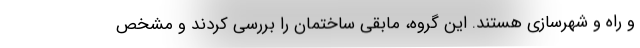
و راه و شهرسازی هستند. این گروه، مابقی ساختمان را بررسی کردند و مشخص